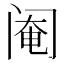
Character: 阉